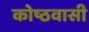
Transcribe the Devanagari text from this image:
कोष्ठवासी